Statistics compiled by the Government of India from the reports of provincial Civil Veterinary Departments
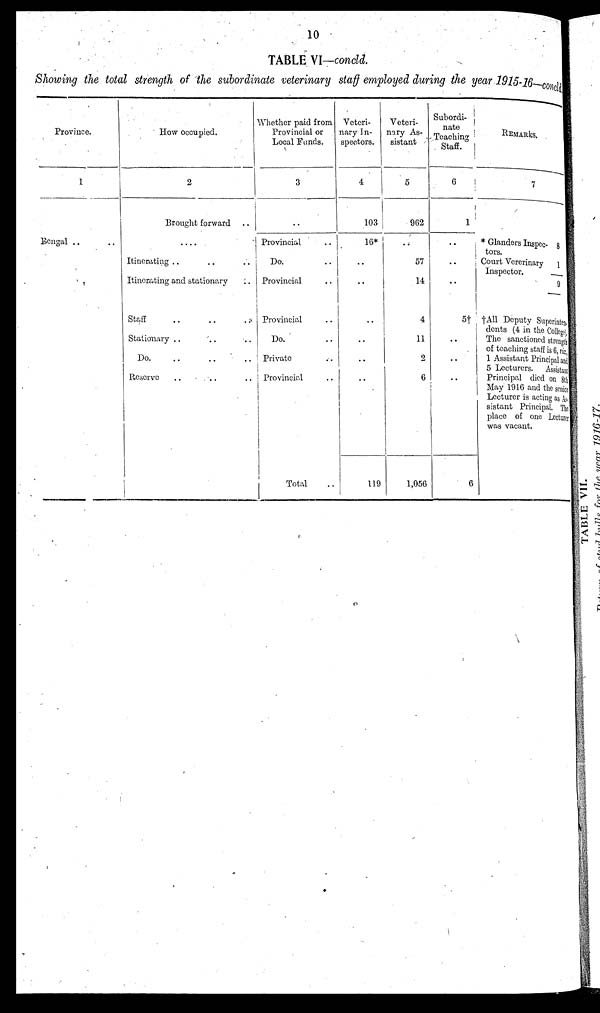
10
TABLE VI—concld.
Showing the total strength of the subordinate veterinary staff employed during the year 1915-16—concld
Province.
1
Bengal .. ..
How occupied.
2
Brought forward ..
....
Itinerating .. .. ..
Itinerating and stationary ..
Staff .. .. ..
Stationary .. .. ..
Do. .. .. ..
Reserve .. .. ..
Whether paid from
Provincial or
Local Funds.
3
..
Provincial ..
Do. ..
Provincial ..
Provincial ..
Do. ..
Private ..
Provincial ..
Total ..
Veteri-
nary In-
spectors.
4
103
16*
..
..
..
..
..
..
119
Veteri-
nary As-
sistant
5
962
..
57
14
4
11
2
6
1,056
Subordi-
nate
Teaching
Staff.
6
1
..
..
..
5†
..
..
..
6
REMARKS.
7
* Glanders Inspec- 8
tors.
Court Vererinary 1
Inspector.
9
†All Deputy Superinten.
dents (4 in the College)
The sanctioned strength
of teaching staff is 6, viz
1 Assistant Principal and
5 Lecturers. Assistant
Principal died on 8tl
May 1916 and the senio
Lecturer is acting as As
sistant Principal. Th
place of one Lecture
was vacant.